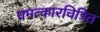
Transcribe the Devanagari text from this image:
चमत्कारचित्रित